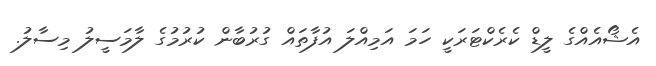
އެޝޯއެއްގެ ލީޑް ކެރެކްޓަރަކީ ހަމަ އަމިއްލަ އުފާތައް ގުރުބާން ކުރުމުގެ ލާމަސީލު މިސާލު.